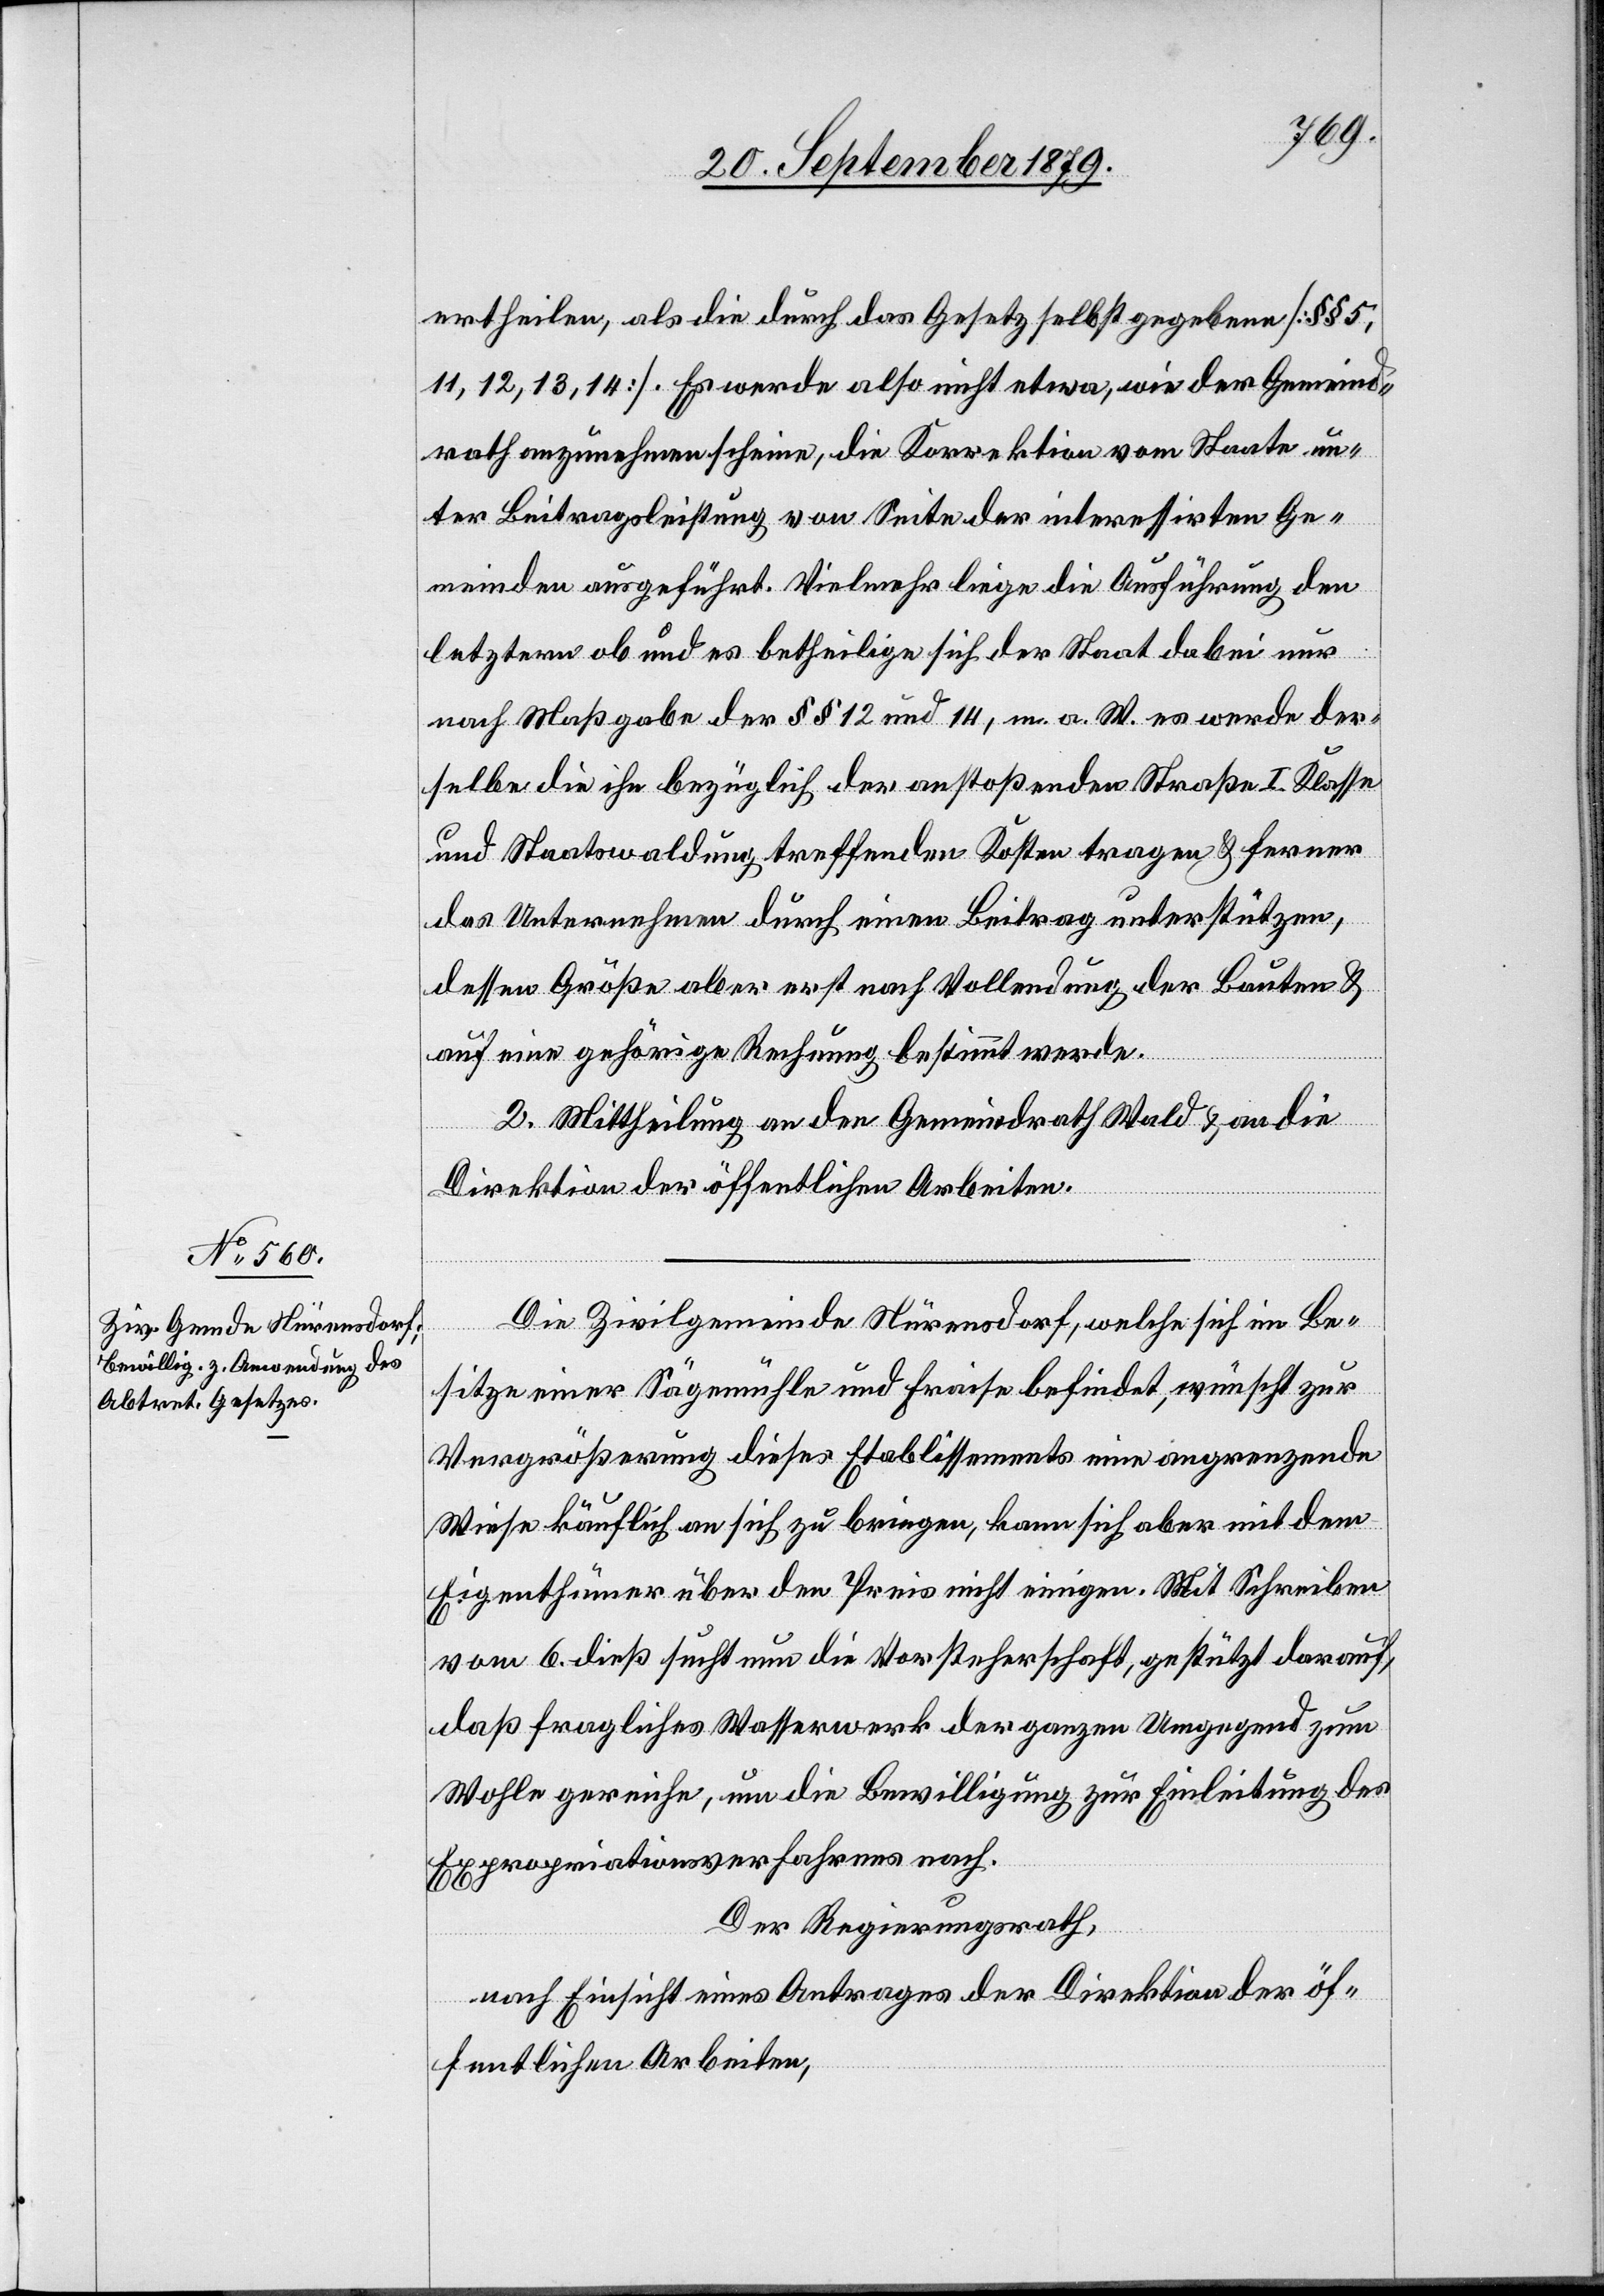
ertheilen, als die durch das Gesetz selbst gegebenen [§§ 5,
11, 12, 13, 14]. Es werde also nicht etwa, wie der Gemeind¬
rath anzunehmen scheine, die Korrektion vom Staate un¬
ter Beitragsleistung von Seite der interessirten Ge¬
meinden ausgeführt. Vielmehr liege die Ausführung den
letztern ob und es betheilige sich der Staat dabei nur
nach Maßgabe der §§ 12 und 14, m. a. W. es werde der¬
selbe die ihr bezüglich der anstoßenden Straße I. Klasse
und Staatswaldung treffenden Kosten tragen & ferner
das Unternehmen durch einen Beitrag unterstützen,
dessen Größe aber erst nach Vollendung der Bauten &
auf eine gehörige Rechnung bestimmt werde.
2. Mittheilung an den Gemeindrath Wald & an die
Direktion der öffentlichen Arbeiten.
Die Zivilgemeinde Nürensdorf, welche sich im Be¬
sitze einer Sägemühle und Fräse befindet, wünscht zur
Vergrößerung dieses Etablissements eine angrenzende
Wiese käuflich an sich zu bringen, kann sich aber mit dem
Eigenthümer über den Preis nicht einigen. Mit Schreiben
vom 6. dieß sucht nun die Vorsteherschaft, gestützt darauf,
daß fragliches Wasserwerk der ganzen Umgegend zum
Wohle gereiche, um die Bewilligung zur Einleitung des
Expropriationsverfahrens nach.
Der Regierungsrath,
nach Einsicht eines Antrages der Direktion der öf¬
fentlichen Arbeiten,